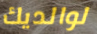
لوالديك